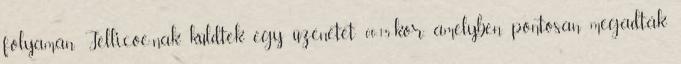
folyamán. Jellicoe-nak küldtek egy üzenetet 00:15-kor, amelyben pontosan megadták